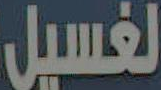
الغسيل